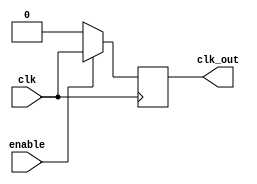
module clock_gating (
    input wire clk,      // Primary clock signal
    input wire enable,   // Enable signal for clock gating
    output wire clk_out  // Gated clock output
);

    // Internal signals for clock gating
    wire clk_enable;
    
    // Gated clock implementation using AND logic
    assign clk_enable = enable ? clk : 1'b0; // Follow clk when enabled, otherwise hold low
    
    // Using a flip-flop to only allow clk when enable
    reg gated_clk_reg;
    
    always @(posedge clk) begin
        // Latch the gated clock output based on enable
        if (enable) begin
            gated_clk_reg <= clk; // Pass the clock signal when enabled
        end
        else begin
            gated_clk_reg <= 1'b0; // Hold low when disabled
        end
    end
    
    // Assign the output
    assign clk_out = gated_clk_reg;

endmodule